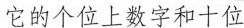
它的个位上数字和十位